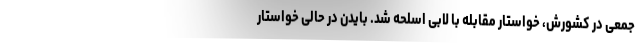
جمعی در کشورش، خواستار مقابله با لابی اسلحه شد. بایدن در حالی خواستار